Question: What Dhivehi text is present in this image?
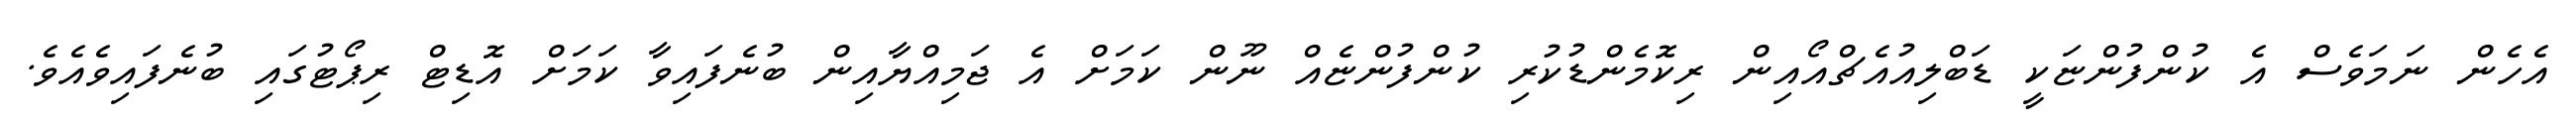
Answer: އެހެން ނަމަވެސް އެ ކުންފުންޏަކީ ޑަބްލިއުއެޗްއޯއިން ރިކޮމެންޑުކުރި ކުންފުންޏެއް ނޫން ކަމަށް އެ ޖަމިއްޔާއިން ބުނެފައިވާ ކަމަށް އޮޑިޓް ރިޕޯޓުގައި ބުނެފައިވެއެވެ.